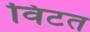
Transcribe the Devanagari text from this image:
विटत